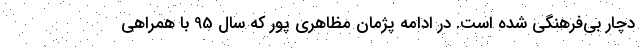
دچار بی‌فرهنگی شده است. در ادامه پژمان مظاهری پور که سال 95 با همراهی